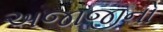
અજાજીનો